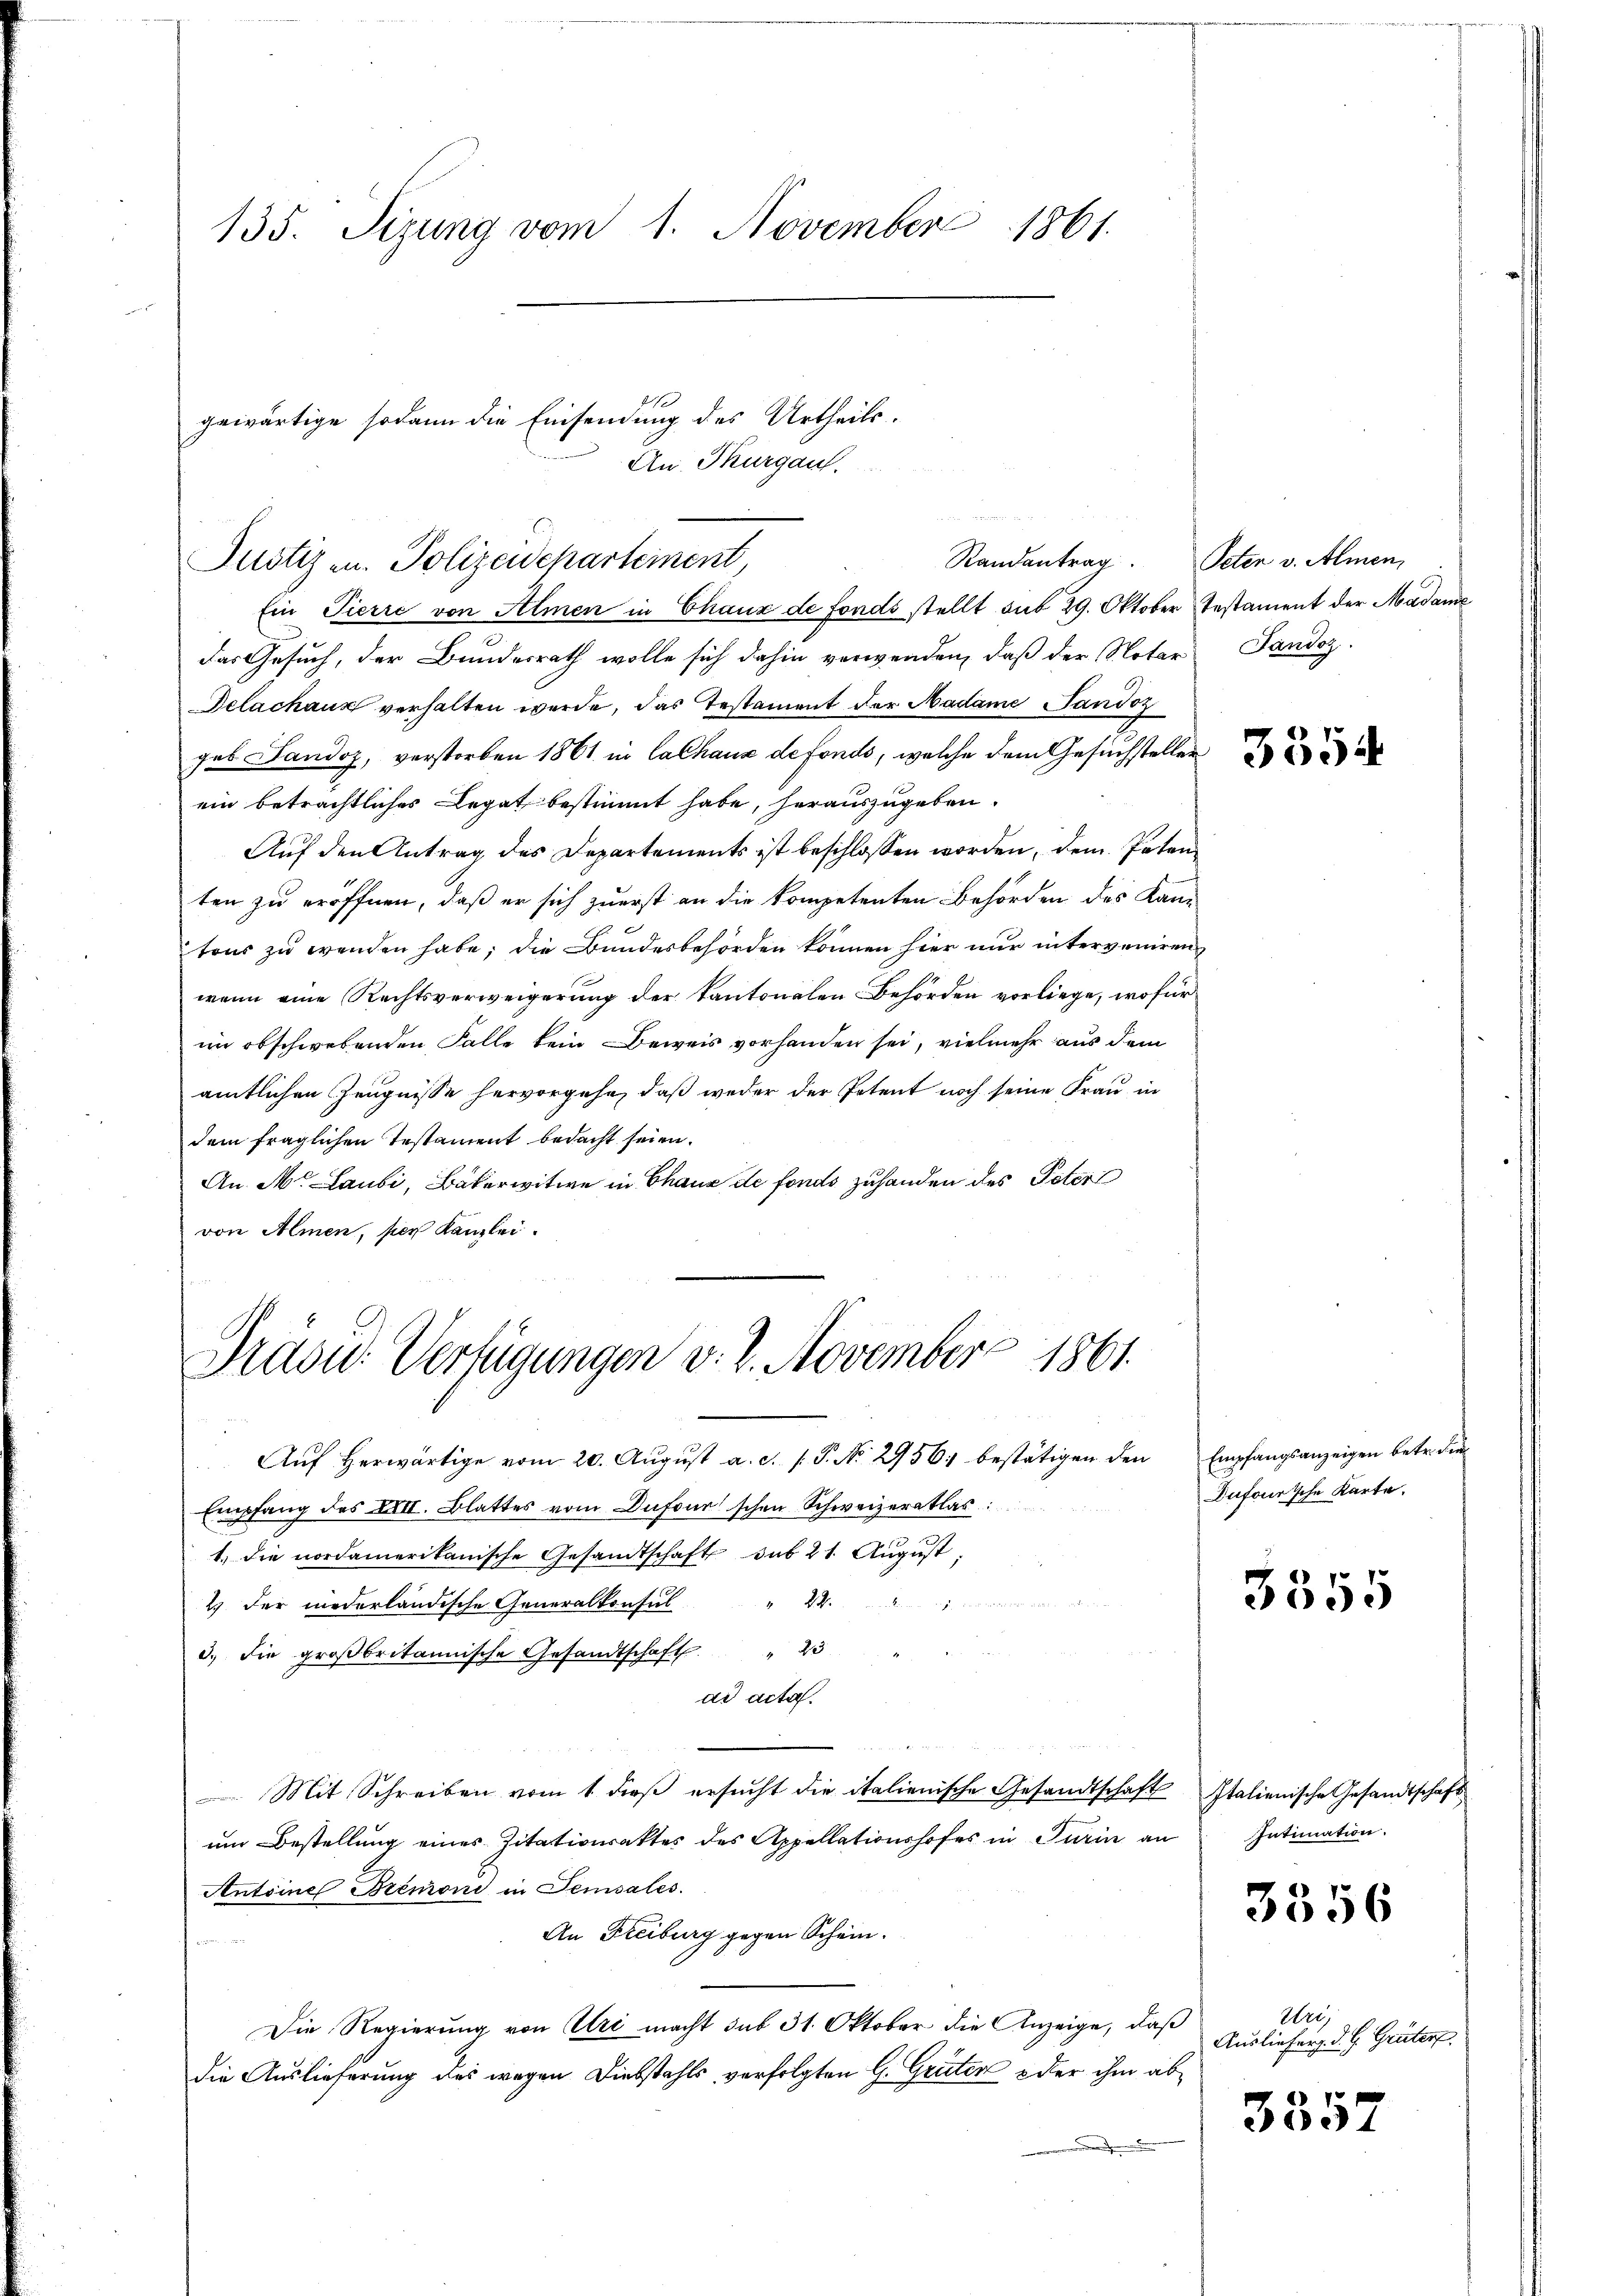
135. Sezung vom 1. November 1861.

gewärtige sodann die Einsendung des Urtheils.
Randantrag. Peten v. Almen,
Justiz u. Polizeidepartement

An Thurgau.

Ein Pierre von Almen in Chaux de fonds stellt sub 29. Oktober Testament der Madame
das Gesuch, der Bundesrath wolle sich dahin verwenden, daß der Notar
Delachaux verhalten werde, das Testament der Madame Tandoz
geb Sandoz, verstorben 1861 in Calhaus de fonds, welche dem Gesuchsteller
ein beträchtliches Legat bestimmt habe, herauszugeben.
Auf den Antrag des Departements ist beschlossen worden, dem Peten
ten zu eröffnen, daß er sich zuerst an die kompetenten Behörden des Kantons zu wenden habe; die Bundesbehörden können hier nur interveniren
wenn eine Rechtsverweigerung der Kantonalen Behörden vorliege, wofür
im obschwebenden Falle kein Beweis vorhanden sei, vielmehr aus dem
amtlichen Zeugnisse hervorgehe, daß weder der Petent noch seine Frau in
dem fraglichen Testament bedacht seien.
An Mr. Laubi, Bäkerwitwe in Chaux de fonds zuhanden des Peter
von Almen, per Kanzlei.

Präsid. Verfügungen v. 2. November 1861.

Auf Herwärtige vom 20. August a. d. 1. P. No. 2956; bestätigen den
Empfang des XXII. Blattes vom Dufour schon Schweizeratlas
1. die nordamerikanische Gesandtschaft das 21. August.
w   den
2 der wiederländische Generalkonsul 24.
3.) Die großbritannische Gesandtschaft. " 23
ad acta.
 Mit Schreiben vom 1. dieβ ersŭcht die italienische Gesandtschaft Italienische Gesandtschaft
um Bestellung eines Zitationsaktes des Appellationshofes in Turin an Intimation.
Antoines Bremoni in Sensales.
An Freiburg gegen Schein.
Die Regierung von Uri macht sub 31. Oktober die Anzeige, daß
die Auslieferung des wegen Diebstahls verfolgten H. Grüter oder ihm ab¬

Jandoz.

3354

Empfangsanzeigen betr. die
Dufourische Karte.

3355

3556

Uri,
Auslieferg. d. J. Grüten.

3557